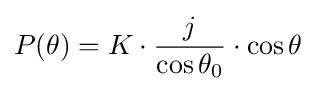
P(\theta )=K\cdot {\frac {j}{\cos \theta _{0}}}\cdot \cos \theta